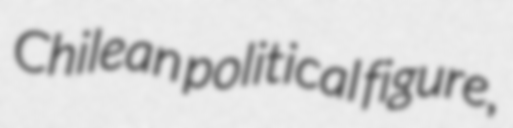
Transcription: Chilean political figure,